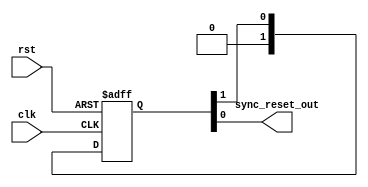
/*
Copyright 2011, The Regents of the University of California.
All rights reserved.

Redistribution and use in source and binary forms, with or without
modification, are permitted provided that the following conditions are met:

   1. Redistributions of source code must retain the above copyright notice,
      this list of conditions and the following disclaimer.

   2. Redistributions in binary form must reproduce the above copyright notice,
      this list of conditions and the following disclaimer in the documentation
      and/or other materials provided with the distribution.

THIS SOFTWARE IS PROVIDED BY THE REGENTS OF THE UNIVERSITY OF CALIFORNIA ''AS
IS'' AND ANY EXPRESS OR IMPLIED WARRANTIES, INCLUDING, BUT NOT LIMITED TO, THE
IMPLIED WARRANTIES OF MERCHANTABILITY AND FITNESS FOR A PARTICULAR PURPOSE ARE
DISCLAIMED. IN NO EVENT SHALL THE REGENTS OF THE UNIVERSITY OF CALIFORNIA OR
CONTRIBUTORS BE LIABLE FOR ANY DIRECT, INDIRECT, INCIDENTAL, SPECIAL,
EXEMPLARY, OR CONSEQUENTIAL DAMAGES (INCLUDING, BUT NOT LIMITED TO, PROCUREMENT
OF SUBSTITUTE GOODS OR SERVICES; LOSS OF USE, DATA, OR PROFITS; OR BUSINESS
INTERRUPTION) HOWEVER CAUSED AND ON ANY THEORY OF LIABILITY, WHETHER IN
CONTRACT, STRICT LIABILITY, OR TORT (INCLUDING NEGLIGENCE OR OTHERWISE) ARISING
IN ANY WAY OUT OF THE USE OF THIS SOFTWARE, EVEN IF ADVISED OF THE POSSIBILITY
OF SUCH DAMAGE.

The views and conclusions contained in the software and documentation are those
of the authors and should not be interpreted as representing official policies,
either expressed or implied, of The Regents of the University of California.
*/

// Language: Verilog-2001

`timescale 1 ns / 1 ps

/*
 * Synchronizes an active-high asynchronous reset signal to a given clock by
 * using a pipeline of N registers.
 */
module sync_reset (
    input wire clk,
    input wire rst,
    output wire sync_reset_out
);

////////////////////////////////////////////////////////////////////////////
// PARAMETERS AND CONSTANTS
////////////////////////////////////////////////////////////////////////////

parameter N=2; // at least 2 registers are needed

////////////////////////////////////////////////////////////////////////////
// REGISTERS
////////////////////////////////////////////////////////////////////////////

reg [1:N] sync_reg = 0;

////////////////////////////////////////////////////////////////////////////
// WIRES and WIRE REGS (wires that are assigned inside of an always block)
////////////////////////////////////////////////////////////////////////////

wire [1:N] sync_next = {1'b0, sync_reg[1:N-1]};

////////////////////////////////////////////////////////////////////////////
// COMPONENT INSTANTIATIONS
////////////////////////////////////////////////////////////////////////////

////////////////////////////////////////////////////////////////////////////
// COMBINATIONAL ASSIGN STATEMENTS
////////////////////////////////////////////////////////////////////////////

/*
 * The synchronized reset signal is the last register in the pipeline.
 */
assign sync_reset_out = sync_reg[N];

////////////////////////////////////////////////////////////////////////////
// COMBINATIONAL ALWAYS STATEMENTS (always @* begin ... end)
////////////////////////////////////////////////////////////////////////////

////////////////////////////////////////////////////////////////////////////
// SEQUENTIAL ALWAYS STATEMENTS (always @(posedge clk) begin ... end)
////////////////////////////////////////////////////////////////////////////

always @(posedge clk, posedge rst) begin
    if (rst)
        sync_reg <= {N{1'b1}};
    else
        sync_reg <= sync_next;
end

endmodule